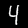
Digit: 4